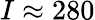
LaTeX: I\approx 280